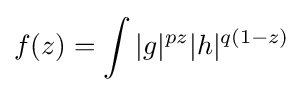
f(z)=\int |g|^{pz}|h|^{q(1-z)}